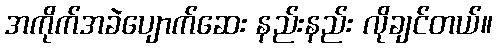
အကိုက်အခဲပျောက်ဆေး နည်းနည်း လိုချင်တယ်။